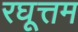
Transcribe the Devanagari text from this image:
रघूत्तम